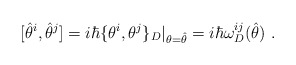
\begin{align*}[\hat{\theta}^i,\hat{\theta}^j]=i\hbar \{\theta ^i,\theta ^j\}_D\vert_{\theta =\hat{\theta}}=i\hbar \omega ^{ij}_D (\hat{\theta })\ .\end{align*}